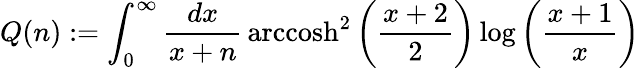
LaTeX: Q(n):=\int_{0}^{\infty}\frac{dx}{x+n}\, \mathrm{arccosh}^{2}\left(\frac{x+2}{2}\right)\log\left(\frac{x+1}{x}\right)